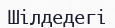
Шілдедегі